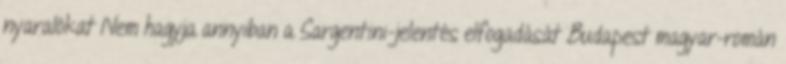
nyaralókat Nem hagyja annyiban a Sargentini-jelentés elfogadását Budapest magyar-román